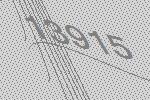
13915